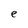
Character: e